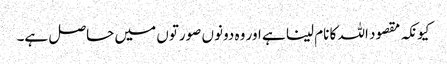
کیونکہ مقصود اللہ کا نام لینا ہے اور وہ دونوں صورتوں میں حاصل ہے۔